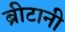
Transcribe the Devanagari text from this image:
ब्रीटानी